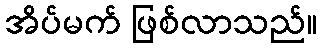
အိပ်မက် ဖြစ်လာသည်။